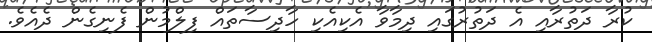
ކުރާ ދަތުރާއި އެ ދަތުރުގައި ދިމާވާ އެކިއެކި ހާދިސާތައް ފިލްމުން ފެނިގެން ދެއެވެ.